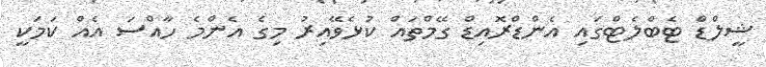
ޝީލްޑް ޓެބްލެޓްގައި އެންޑްރޮއިޑް ގޭމްތައް ކުޅެވޭއިރު މިގެ އެންމެ ހާއްސަ އެއް ކަމަކީ